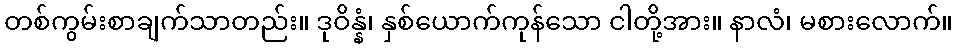
တစ်ကွမ်းစာချက်သာတည်း။ ဒုဝိန္နံ၊ နှစ်ယောက်ကုန်သော ငါတို့အား။ နာလံ၊ မစားလောက်။